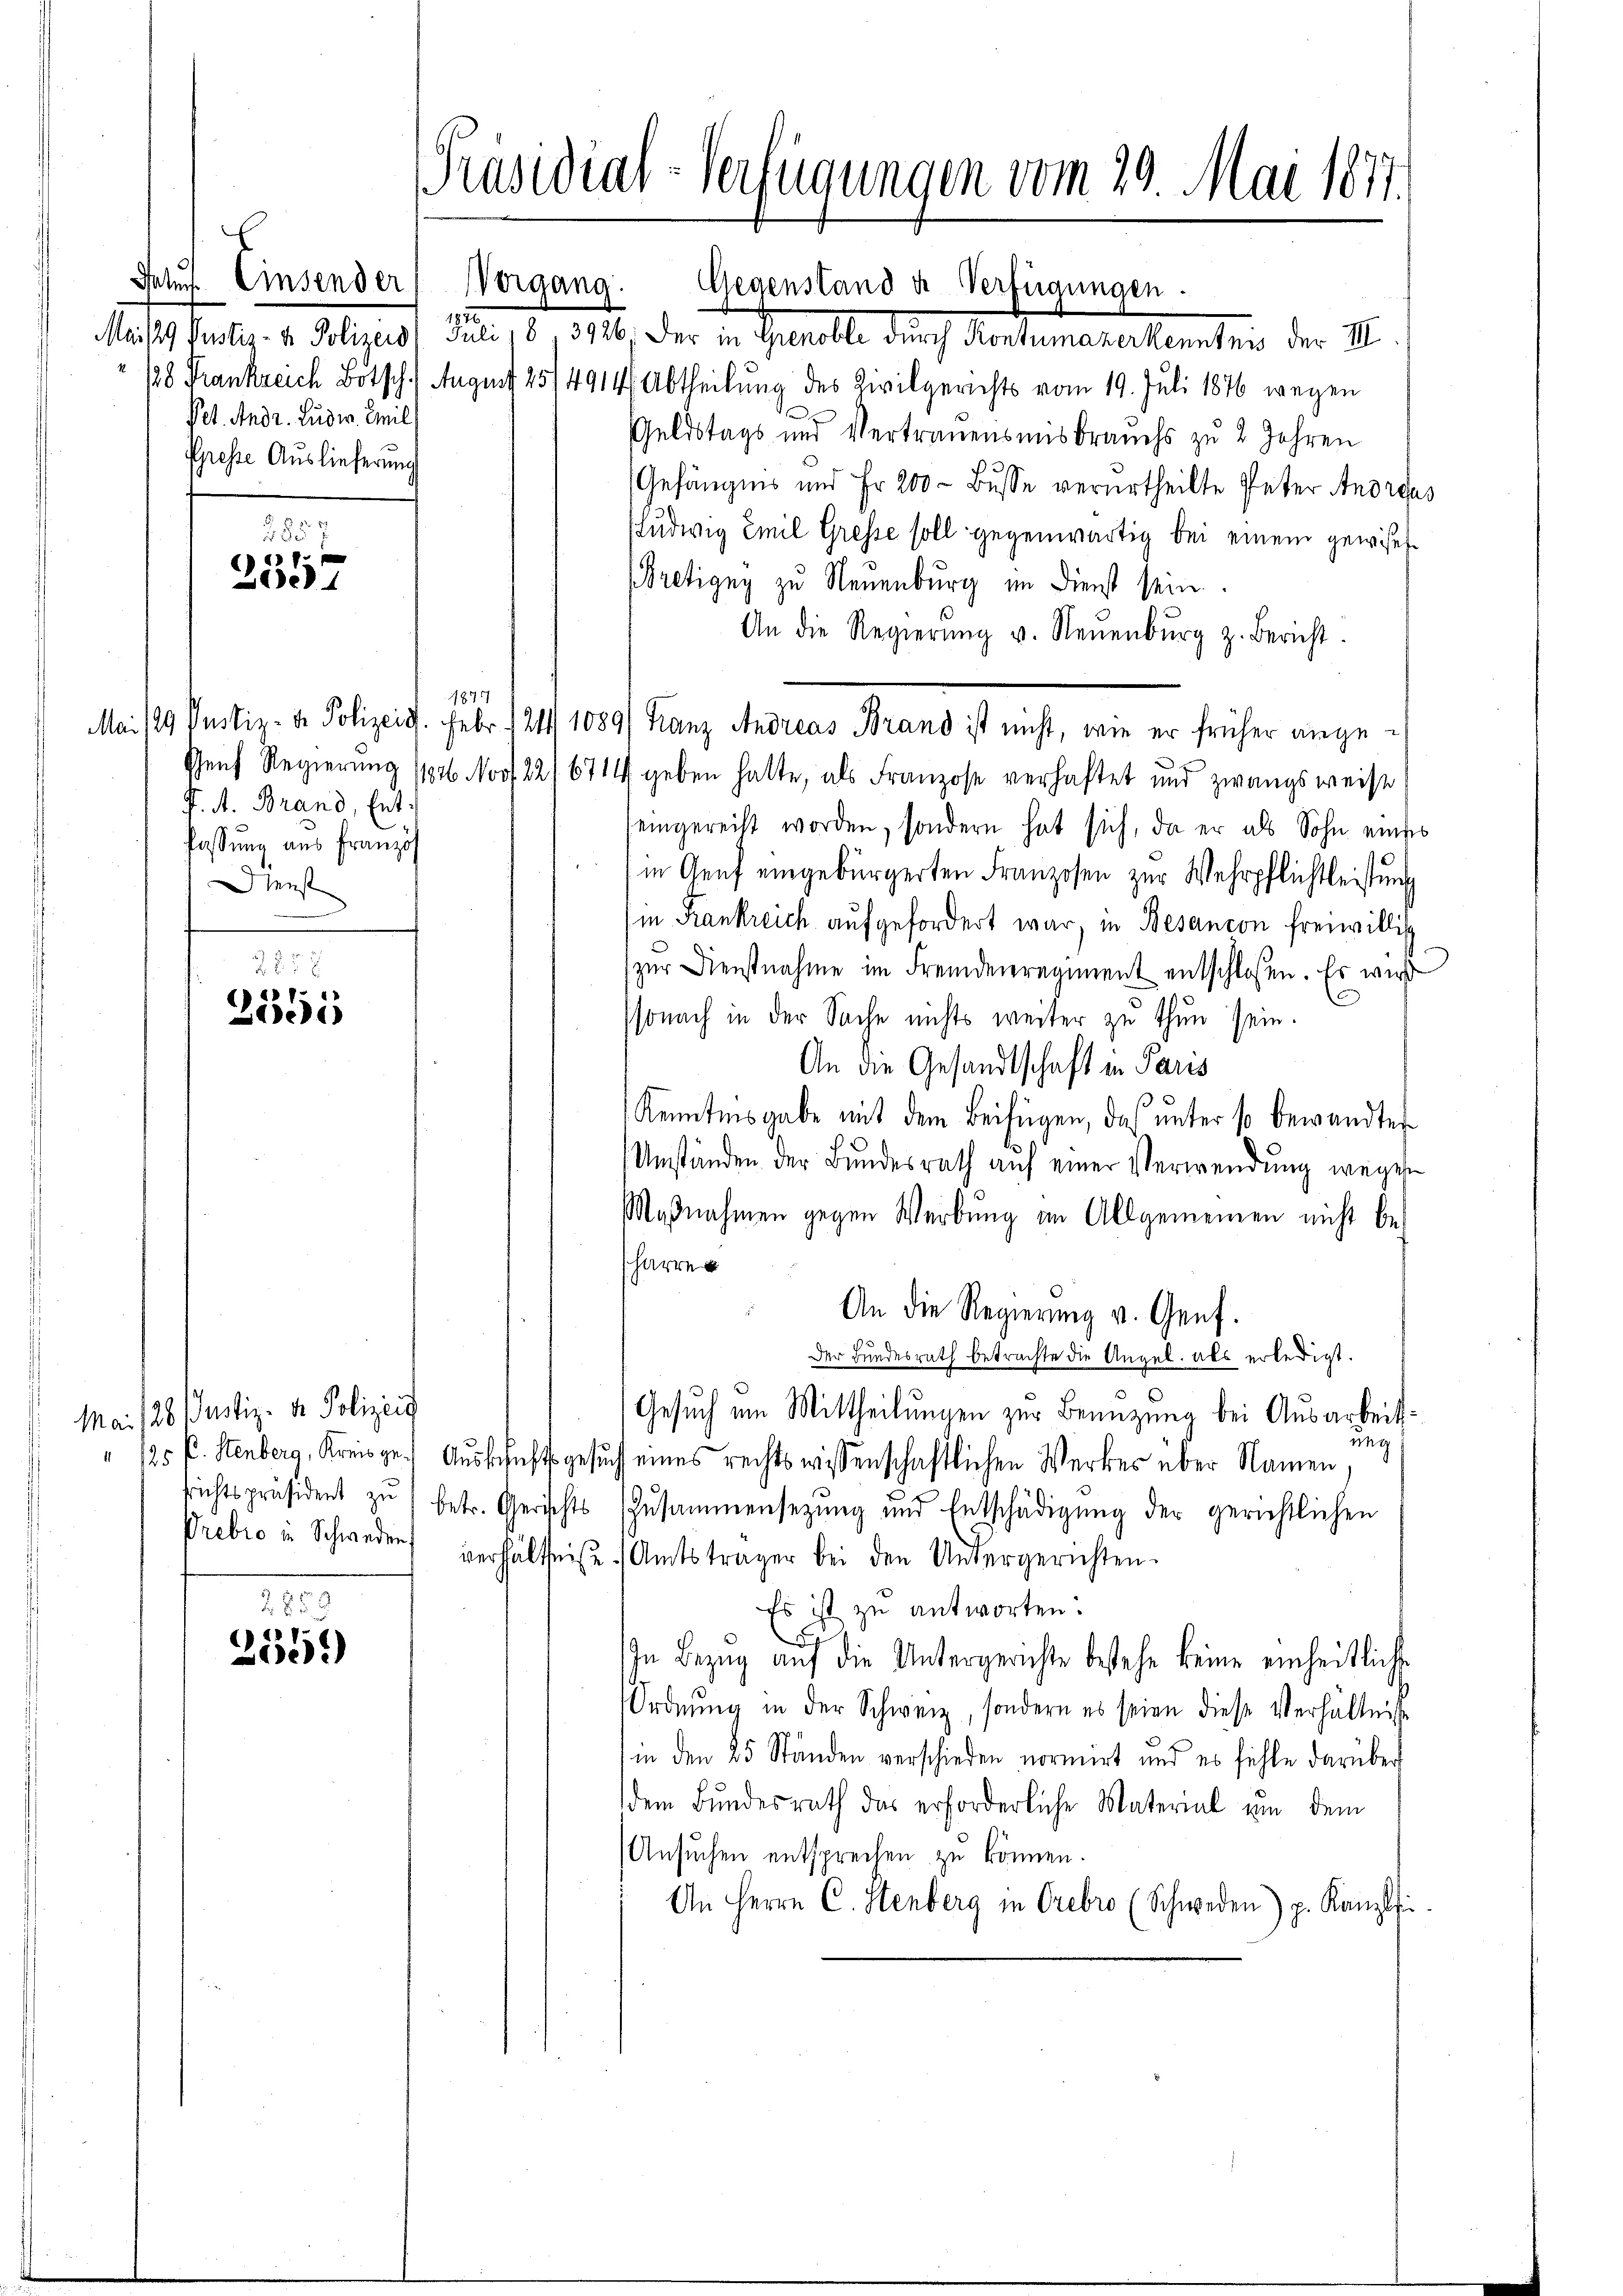
Pet. Andr. Ludw. Emil
Presse Auslieferung

2857
 8.
Zee

2358
(127
e

Mai 128. Justiz- & Polizeis

2859
(137
2e)

Intŭf. Einsender Vorgang. Gegenstand u Verfügungen.
Meiste Pertis- u. Polizeis, Juli 18, 13926) Der in Grenoble durch Kontumanerkenntnis der III.
128 Frankreich Botsch. August 25/4914/ Abtheilung des Zivilgerichts vom 19. Juli 1876 wegen
Geldstags und Vertrauensmisbrauchs zu 2 Jahren
Gefängnis und Fr. 200 - Busse verurtheilte Peter Anordes
Ludwig Emil Gresse soll gegenwärtig bei einem gewiset¬
Pretigny zu Neuenburg im Dienst sein
An die Regierŭng v. Neŭenbŭrg z. Bericht.
Mai/19. Justiz- & Polizeid. Febr. 121 1089/ Franz Andreas Brand ist nicht, wie er früher ange¬
Genf Regierung 11826. Norf 22/6714 geben hatte, als Franzose verhaftet und zwangsweise
eingereiht worden, sondern hat sich, da er als Sohn einses
 (in Genf eingebürgerten Franzosen zur Wehrpflichtleistung
(in Frankreich aufgefordert war, in Besancon freiwillig
zur Dienstnahme im Fremdenregiment entschlossen. Es wird
sonach in der Sache nichts weiter zu thun sein.
An die Gesandtschaft in Paris
Kenntnisgabe mit dem Beifügen, daß unter so bewandte
Umständen der Bundesrath auf einer Verwendung wegen
Maßnahmen gegen Werbung an Allgemeinen nicht be-
sharre
An die Regierung v. Genf.
Der Bundesrath betrachte die Angel. als erledigt.
Gesuch um Mittheilungen zur Benuzung bei Ausarbeitung
125 f. Stenberg, Kreisge. Ausschaft gesuch eines rechtswissenschaftlichen Werkes über Namen,
richtspräsident zŭ betr. Gerichts Zusammensetzŭng und Entschädigŭng der gerichtlichen
Vrebio in Schweder verhältniße. (Amtsträger bei den Untergerichten.
Es ist zu antworten.
D
In Bezŭg aŭf die Untergerichte bestehe keine einheitliche
Ordnung in der Schweiz, sondern es seien diese Verhältnisse
(in den 25 Ständen verschieden normirt und es fühle darüber
dem Bundesrath das erforderliche Material um dem
Ansuchen entsprechen zu können.
An Herrn C. Stenberg in Orebro (Schweden) p. Kanzlei-

Präsidial-Verfügungen vom 29. Mai 1877.

1874
J. A. Brand, Entfassung aus Franzos
enst